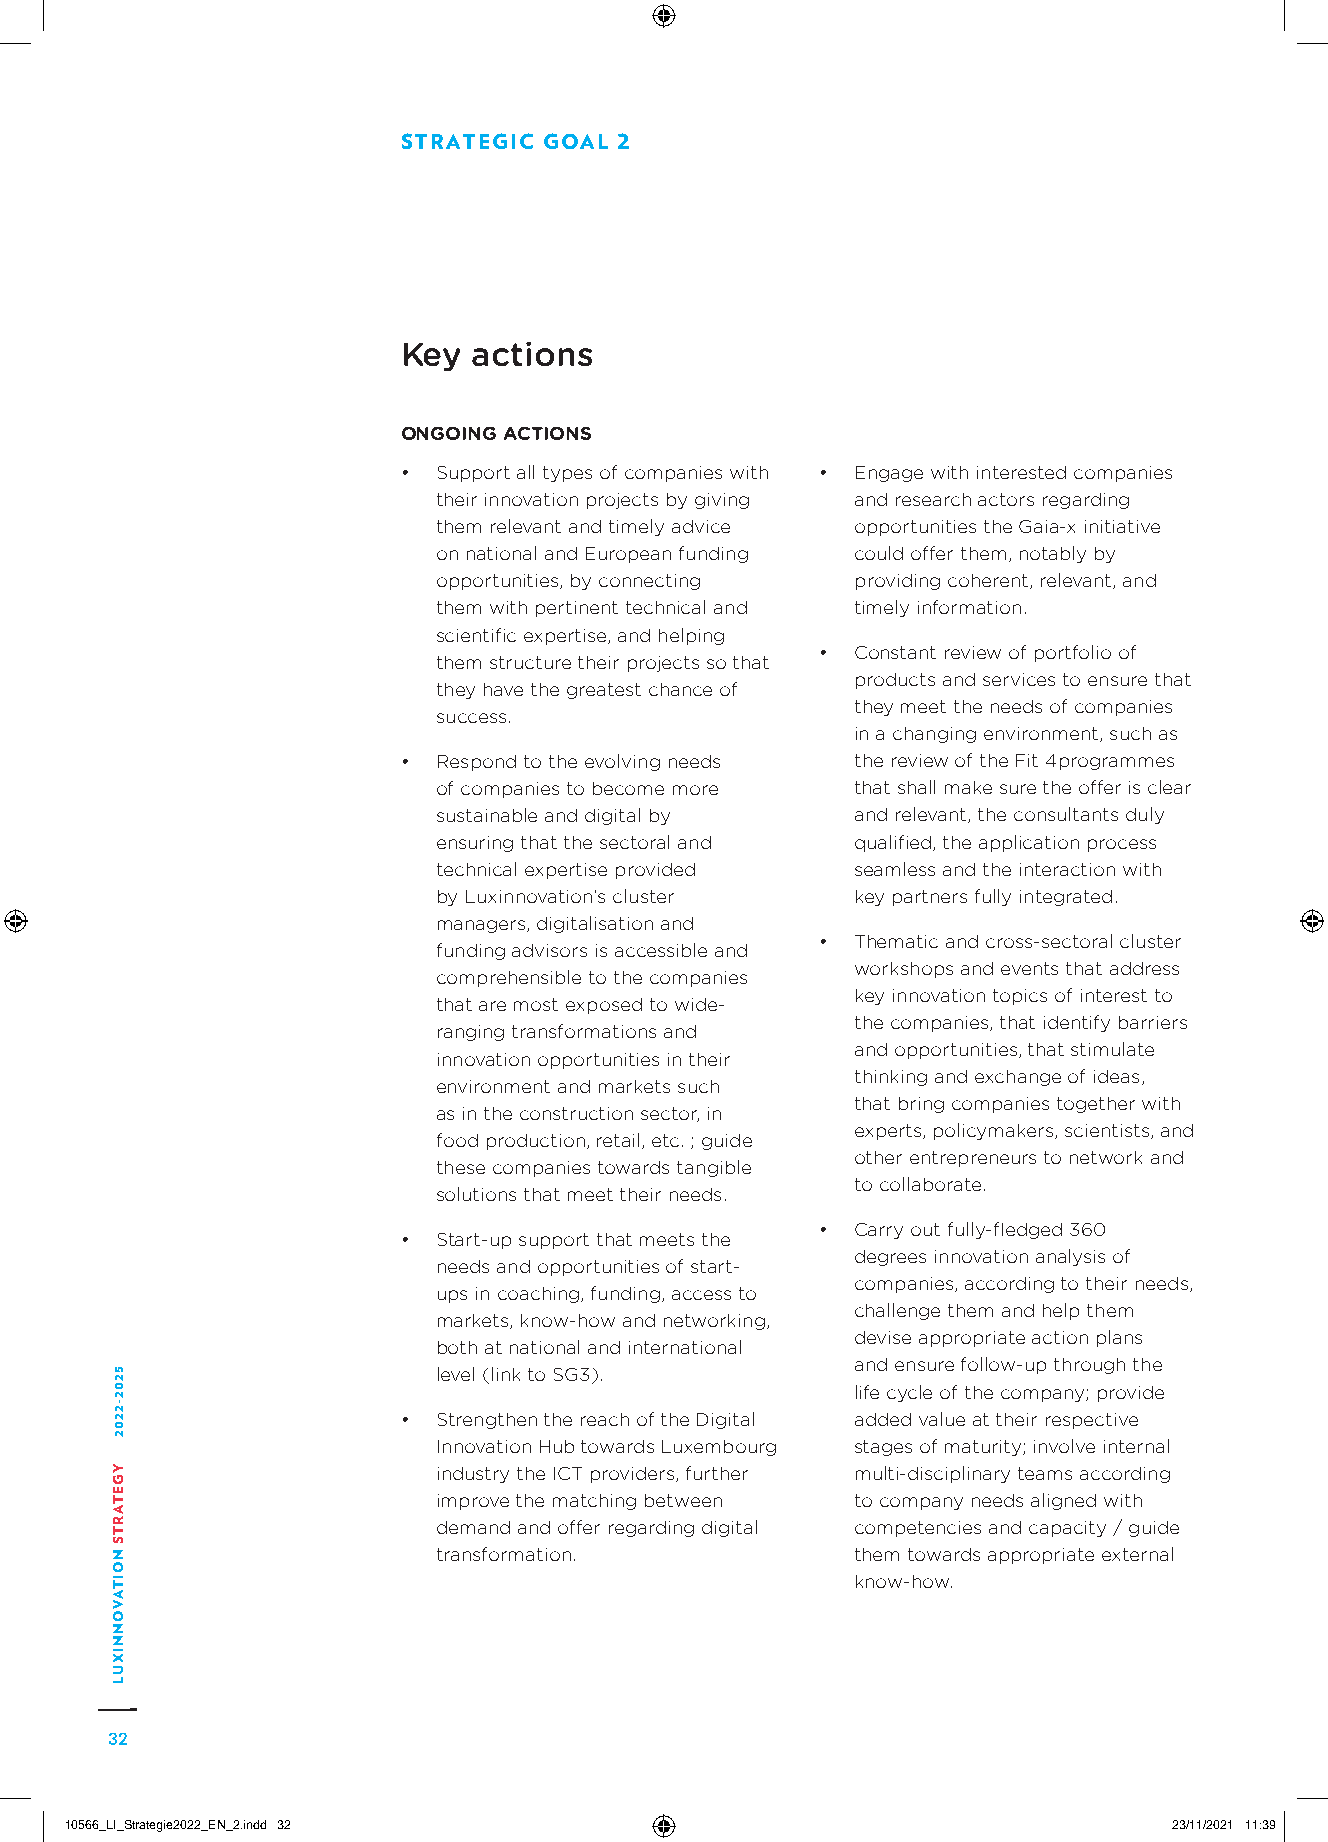
STRATEGIC GOAL 2
 Key actions
 ONGOING ACTIONS
 • Support all types of companies with • Engage with interested companies
 their innovation projects by giving and research actors regarding
 them relevant and timely advice opportunities the Gaia-x initiative
 on national and European funding could offer them, notably by
 opportunities, by connecting providing coherent, relevant, and
 them with pertinent technical and timely information.
 scientific expertise, and helping
 •  Constant review of portfolio of
 them structure their projects so that
 products and services to ensure that
 they have the greatest chance of
 they meet the needs of companies
 success.
 in a changing environment, such as
 • Respond to the evolving needs the review of the Fit 4programmes
 of companies to become more that shall make sure the offer is clear
 sustainable and digital by  and relevant, the consultants duly
 ensuring that the sectoral and qualified, the application process
 technical expertise provided seamless and the interaction with
 by Luxinnovation’s cluster  key partners fully integrated.
 managers, digitalisation and
 •  Thematic and cross-sectoral cluster
 funding advisors is accessible and
 workshops and events that address
 comprehensible to the companies
 key innovation topics of interest to
 that are most exposed to wide-
 the companies, that identify barriers
 ranging transformations and
 and opportunities, that stimulate
 innovation opportunities in their
 thinking and exchange of ideas,
 environment and markets such
 that bring companies together with
 as in the construction sector, in
 experts, policymakers, scientists, and
 food production, retail, etc. ; guide
 other entrepreneurs to network and
 these companies towards tangible
 to collaborate.
 solutions that meet their needs.
 •  Carry out fully-fledged 360
 • Start-up support that meets the
 degrees innovation analysis of
 needs and opportunities of start-
 companies, according to their needs,
 ups in coaching, funding, access to
 challenge them and help them
 markets, know-how and networking,
 devise appropriate action plans
 both at national and international
 and ensure follow-up through the
 level (link to SG3).
 life cycle of the company; provide
 • Strengthen the reach of the Digital added value at their respective
 Innovation Hub towards Luxembourg stages of maturity; involve internal
 industry the ICT providers, further multi-disciplinary teams according
 improve the matching between to company needs aligned with
 demand and offer regarding digital competencies and capacity / guide
 transformation.             them towards appropriate external
 know-how.
 32
 1100556666__LLII__SSttrraatteeggiiee22002222__EENN__22..iinndddd 3322     2233//1111//22002211 1111::3399
 5202-2202
 YGETARTS
 NOITAVONNIXUL